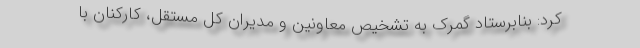
کرد: بنابرستاد گمرک به تشخیص معاونین و مدیران کل مستقل، کارکنان با